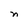
Character: n